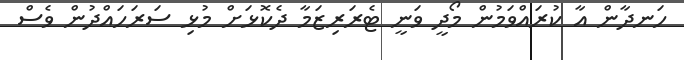
ހަނދާން އާ ކުރައްވަމުން މޯދީ ވަނީ ޓެރަރިޒަމާ ދެކޮޅަށް މުޅި ސަރަހައްދުން ވެސް